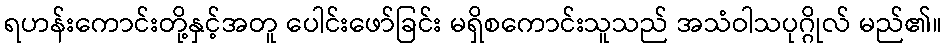
ရဟန်းကောင်းတို့နှင့်အတူ ပေါင်းဖော်ခြင်း မရှိစကောင်းသူသည် အသံဝါသပုဂ္ဂိုလ် မည်၏။